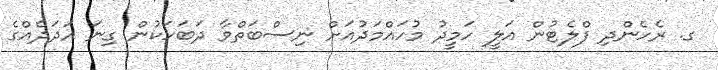
ގ. ރެހެންދި ފްލެޓުން އަލީ ހަމީދު މުހައްމަދުއަށް ނިސްބަތްވާ ދަބަހަކުން ގިނަ އަދަދެއްގެ